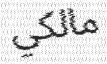
مالكي